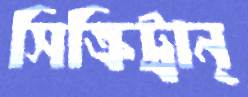
সিক্রিট্রান্